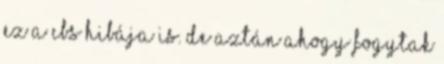
ez a CBS hibája is. De aztán ahogy fogytak